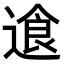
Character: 𬨷